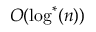
O ( \log ^ { * } ( n ) )